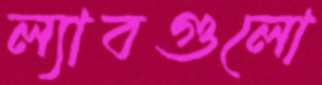
ল্যাবগুলো